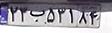
۲۳ب۵۳۱۸۴